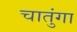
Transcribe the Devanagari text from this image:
चातुंगा